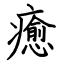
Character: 癒